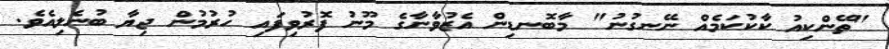
"ތޭންކިއު ކާކުކަމެއް ނޭނގުނު" މާބޮނޑިން އެޒުވާނާގެ މޫނު ފޮރުވިފައި ހުރުމުން ޖިޔާ ބުނެލިއެވެ.